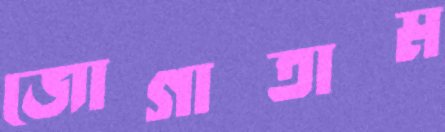
জোগাতাম